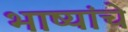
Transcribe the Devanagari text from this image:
भाष्यांचे